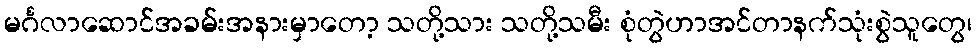
မင်္ဂလာဆောင်အခမ်းအနားမှာတော့ သတို့သား သတို့သမီး စုံတွဲဟာအင်တာနက်သုံးစွဲသူတွေ၊